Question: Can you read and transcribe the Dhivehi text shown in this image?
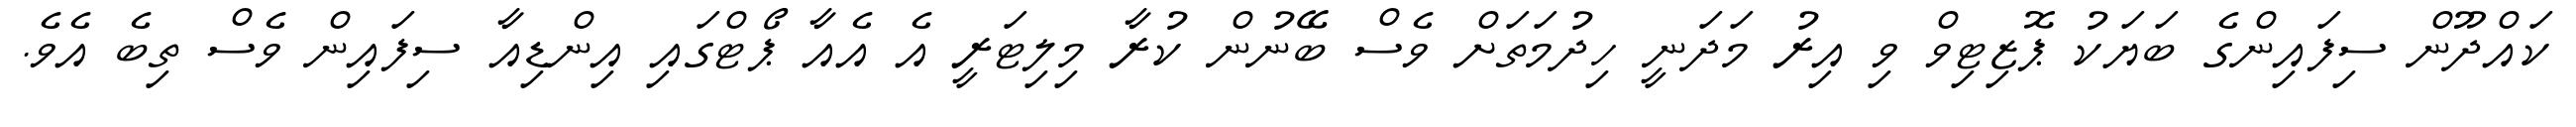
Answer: ކައްދޫން ސިފައިންގެ ބަޔަކު ޕޮޒިޓިވް ވި އިރު މަދަނީ ހިދުމަތަށް ވެސް ބޭނުން ކުރާ މިލިޓަރީ އެ އެއާ ޕޯޓްގައި އިންޑިއާ ސިފައިން ވެސް ތިބެ އެވެ.